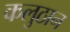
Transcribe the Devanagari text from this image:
कलुठान